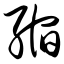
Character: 缩